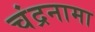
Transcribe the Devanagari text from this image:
चंद्रनामा